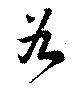
谷